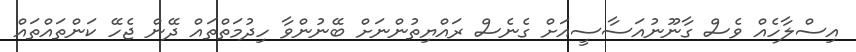
އިސްލާހެއް ވެސް ގާނޫނުއަސާސީއަށް ގެނެސް ރައްޔިތުންނަށް ބޭނުންވާ ހިދުމަތްތައް ދޭން ޖެހޭ ކަންތައްތައް